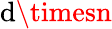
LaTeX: \mathrm{d}\timesn